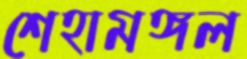
শেহামঙ্গল